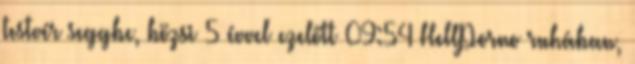
testvér seggbe, bözsi 5 évvel ezelőtt 09:54 HellPorno ruhában,